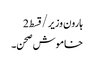
ہارون وزیر/قسط2
خاموش صحن۔